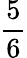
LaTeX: \displaystyle\frac{5}{6}